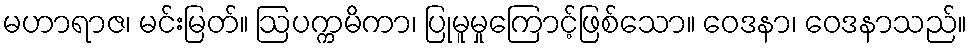
မဟာရာဇ၊ မင်းမြတ်။ ဩပက္ကမိကာ၊ ပြုမူမှုကြောင့်ဖြစ်သော။ ဝေဒနာ၊ ဝေဒနာသည်။